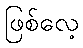
ဖြစ်လေ့